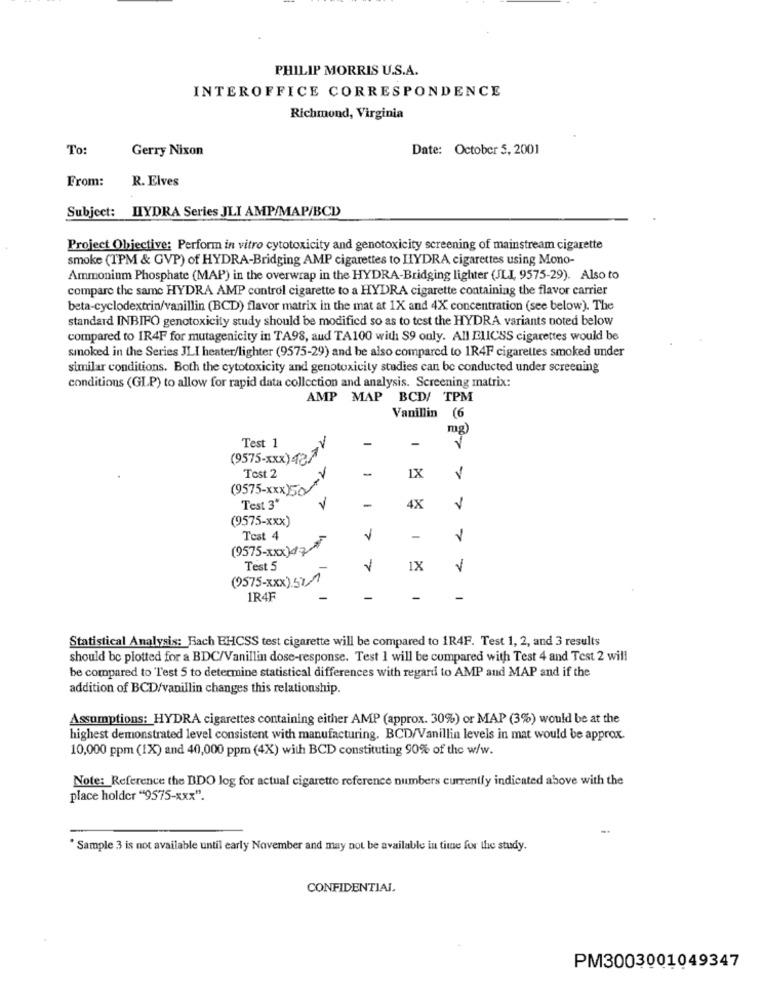
PHILIP MORRIS U.S.A.
INTEROFFICE CORRESPONDENCE
Richmond, Virginia
To:
Gerry Nixon
Date: October 5, 2001
From:
R. Elves
Subject: HYDRA Series JLI AMP/MAP/BCD)
Project Objective: Perform in vitro cytotoxicity and genotoxicity screening of mainstream cigarette
smoke (TPM & GVP) of HYDRA-Bridging AMP cigarettes to HYDRA cigarettes using Mono-
Ammonium Phosphate (MAP) in the overwrap in the HYDRA-Bridging lighter (JLI, 9575-29). Also to
compare the same HYDRA AMP control cigarette to a HYDRA cigarette containing the flavor carrier
beta-cyclodextrin/vanillin (BCD) flavor matrix in the mat at 1X and 4X concentration (see below). The
standard INBIFO genotoxicity study should be modified so as to test the HYDRA variants noted below
compared to IR4F for mutagenicity in TA98, aud TA100 with S9 only. All ELICSS cigarettes would be
smoked in the Series JLI heater/lighter (9575-29) and he also compared to 1R4F cigarettes smoked under
similar conditions. Both the cytotoxicity and genotoxicity studies can be conducted under screening
conditions (GLP) to allow for rapid data collection and analysis. Screening matrix:
AMP MAP BCD/ TPM
Vanillin (6
mg)
Test 1
(9575-xxx)42.7
1X
Test 2
(9575-xxx)50
100
Test 3"
-
4X
(9575-xxx)
Test 4
7
-
(9575-x)43
Test 5
1X
V
(0575-xxx)511
1R4F
-
Statistical Analysis: Bach EHCSS test cigarette will be compared to 1R4F. Test 1, 2, and 3 results
should be plotted for a BDC/Vanillin dose-response. Test I will be compared with Test 4 and Test 2 will
be compared to Test 5 to determine statistical differences with regard to AMP and MAP and if the
addition of BCD/vanillin changes this relationship.
Assumptions: HYDRA cigarettes containing either AMP (approx. 30%) or MAP (3%) would be at the
highest demonstrated level consistent with manufacturing. BCD/Vanillin levels in mat would be approx.
10,000 ppm (1X) and 40,000 ppm (4X) with BCD constituting 90% of the w/w.
Note: Reference the BDO log for actual cigarette reference numbers currently indicated above with the
place holder "9575-xxx".
" Sample 3 is not available until early November and may not be available in time for the study.
CONFIDENTIAL.
PM3003001049347